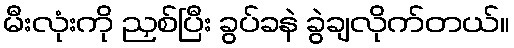
မီးလုံးကို ညှစ်ပြီး ခွပ်ခနဲ ခွဲချလိုက်တယ်။